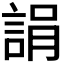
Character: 𧨜